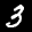
Label: 3